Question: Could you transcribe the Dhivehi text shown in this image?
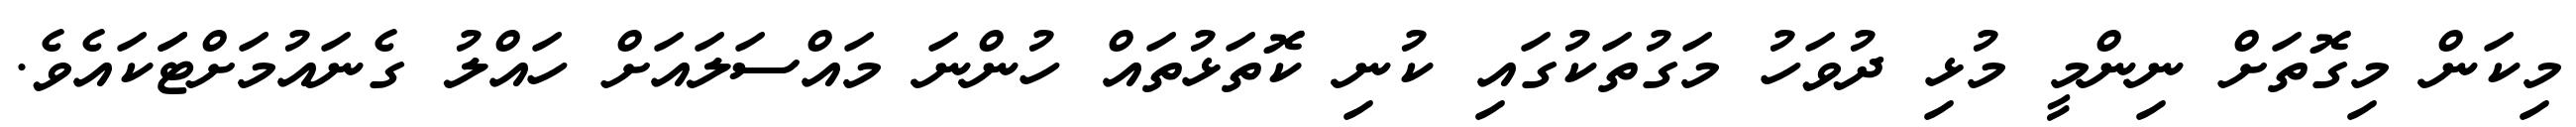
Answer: މިކަން މިގޮތަށް ނިންމީ މުޅި ދުވަހު މަގުތަކުގައި ކުނި ކޮތަޅުތައް ހުންނަ މައްސަލައަށް ހައްލު ގެނައުމަށްޓަަކައެވެ.